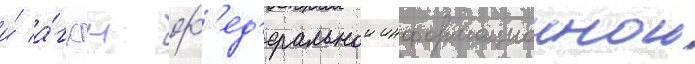
и́ а́гкгн ф'ед'еральнои информационнои